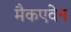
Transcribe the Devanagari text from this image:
मैकएवेन